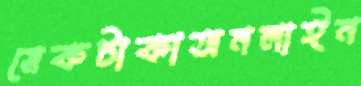
মেকটাকাঅনলাইন